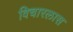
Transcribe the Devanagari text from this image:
विचारलास